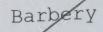
Barbery